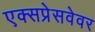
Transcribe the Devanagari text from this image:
एक्सप्रेसवेवर